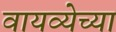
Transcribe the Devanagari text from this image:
वायव्येच्या